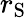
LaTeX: r_{\mathrm S}